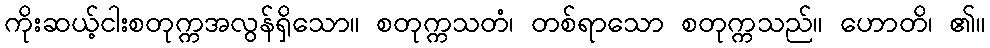
ကိုးဆယ့်ငါးစတုက္ကအလွန်ရှိသော။ စတုက္ကသတံ၊ တစ်ရာသော စတုက္ကသည်။ ဟောတိ၊ ၏။